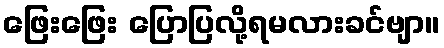
ဖြေးဖြေး ပြောပြလို့ရမလားခင်ဗျာ။